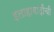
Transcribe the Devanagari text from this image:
इलाहाबादींची